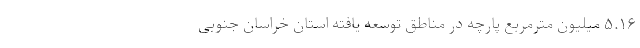
۵.۱۶ میلیون مترمربع پارچه در مناطق توسعه یافته استان خراسان جنوبی